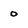
Character: 0